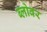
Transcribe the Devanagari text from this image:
ब्लोवर